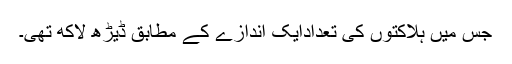
جس میں ہلاکتوں کی تعدادایک اندازے کے مطابق ڈیڑھ لاکھ تھی۔